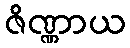
ဇိဏ္ဏာယ